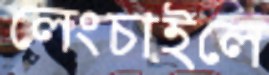
লেংচাইলে